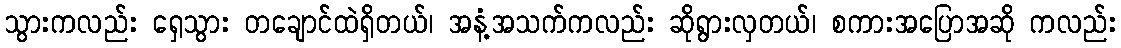
သွားကလည်း ရှေသွား တချောင်ထဲရှိတယ်၊ အနံ့အသက်ကလည်း ဆိုရွားလှတယ်၊ စကားအပြောအဆို ကလည်း